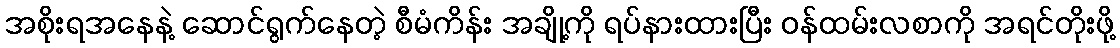
အစိုးရအနေနဲ့ ဆောင်ရွက်နေတဲ့ စီမံကိန်း အချို့ကို ရပ်နားထားပြီး ဝန်ထမ်းလစာကို အရင်တိုးဖို့